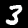
Digit: 3